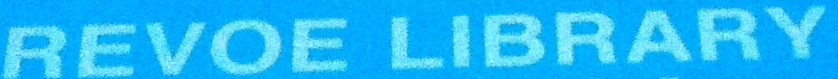
REVOE LIBRARY